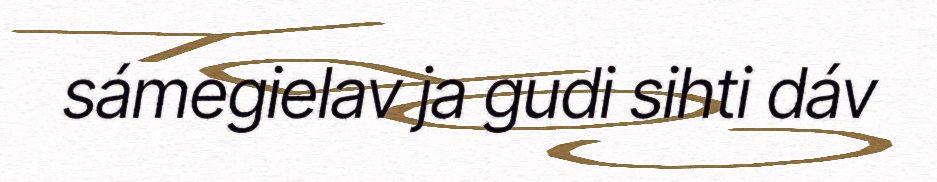
sámegielav ja gudi sihti dáv